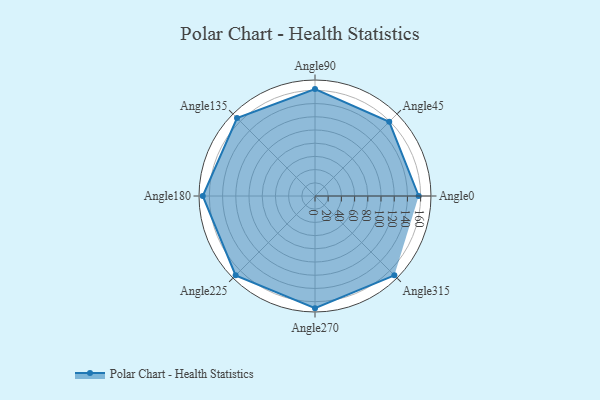
{"axis": {"x": "Angle", "y": "Radius"}, "legend": [""], "data": [{"x": "Angle0", "y": 157.0, "type": ""}, {"x": "Angle45", "y": 159.0, "type": ""}, {"x": "Angle90", "y": 162.0, "type": ""}, {"x": "Angle135", "y": 167.0, "type": ""}, {"x": "Angle180", "y": 170, "type": ""}, {"x": "Angle225", "y": 170, "type": ""}, {"x": "Angle270", "y": 170, "type": ""}, {"x": "Angle315", "y": 170, "type": ""}]}